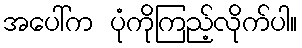
အပေါ်က ပုံကိုကြည့်လိုက်ပါ။